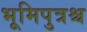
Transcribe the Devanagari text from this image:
भूमिपुत्रश्च